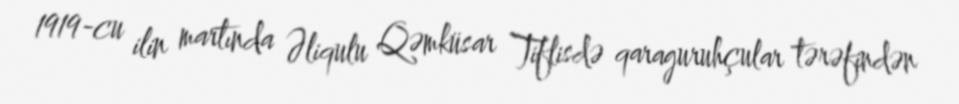
1919-cu ilin martında Əliqulu Qəmküsar Tiflisdə qaraguruhçular tərəfindən